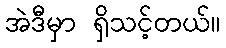
အဲဒီမှာ ရှိသင့်တယ်။